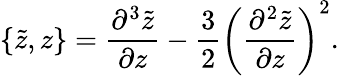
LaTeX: \{ \tilde{z},z\} =\frac{\partial^{3}\tilde{z}}{\partial z}-\frac{3}{2}\left(\frac{\partial^{2}\tilde{z}}{\partial z}\right)^{2}.